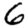
Digit: 6